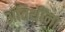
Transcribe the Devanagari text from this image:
अतिथींना